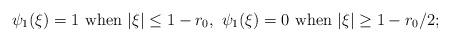
LaTeX: \begin{align*} \psi_{1}(\xi)=1\ {\rm when} \ |\xi|\leq1-r_{0},\ \psi_{1}(\xi) =0\ {\rm when} \ |\xi|\geq1-r_{0}/2;\end{align*}